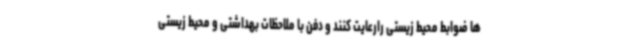
ها ضوابط محیط زیستی رارعایت کنند و دفن با ملاحظات بهداشتی و محیط زیستی